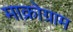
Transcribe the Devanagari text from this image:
माक्रोग्राम